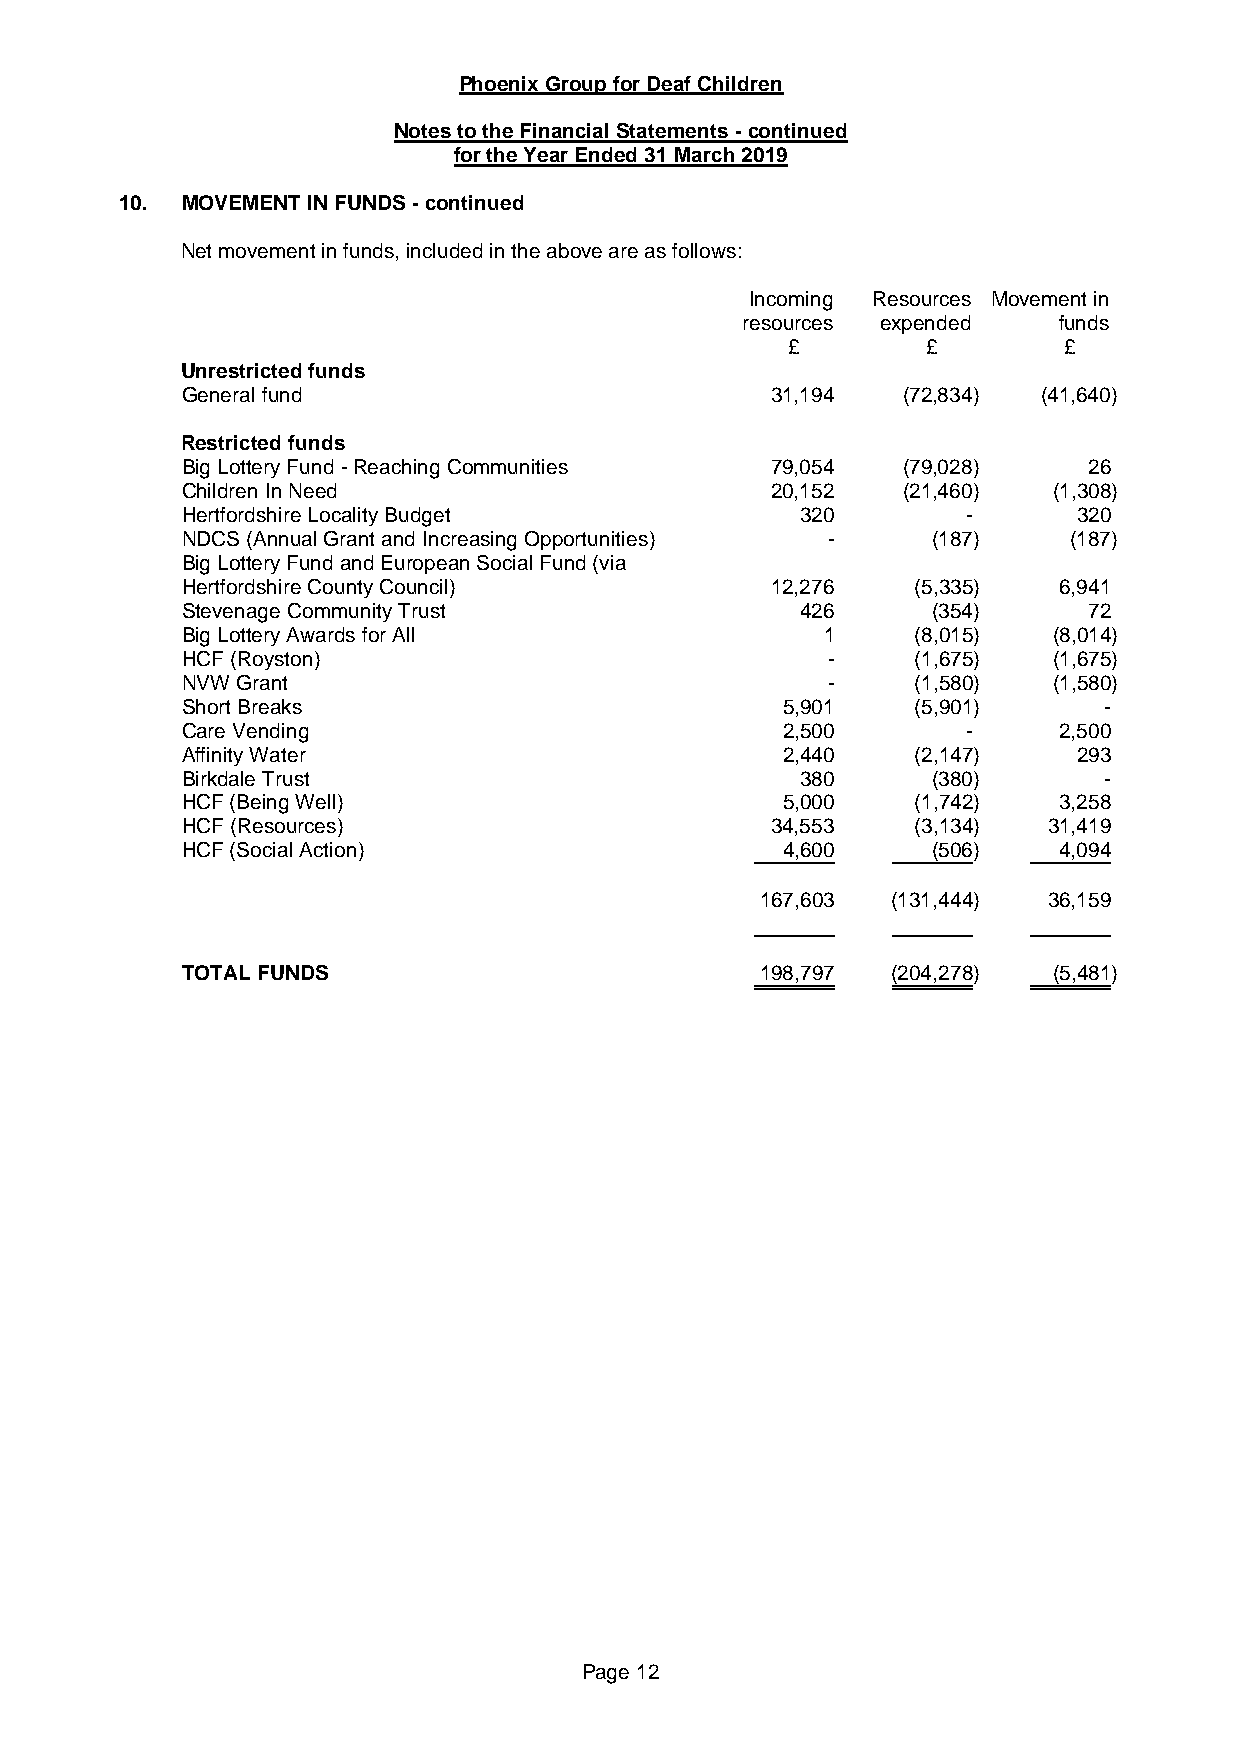
Phoenix Group for Deaf Children
 Notes to the Financial Statements - continued
 for the Year Ended 31 March 2019
 10. MOVEMENT IN FUNDS - continued
 Net movement in funds, included in the above are as follows:
 Incoming Resources Movement in
 resources expended   funds
 £        £        £
 Unrestricted funds
 General fund                           31,194   (72,834) (41,640)
 Restricted funds
 Big Lottery Fund - Reaching Communities 79,054  (79,028)    26
 Children In Need                       20,152   (21,460)  (1,308)
 Hertfordshire Locality Budget            320        -      320
 NDCS (Annual Grant and Increasing Opportunities) - (187)   (187)
 Big Lottery Fund and European Social Fund (via
 Hertfordshire County Council)          12,276   (5,335)   6,941
 Stevenage Community Trust                426      (354)     72
 Big Lottery Awards for All                1     (8,015)   (8,014)
 HCF (Royston)                              -    (1,675)   (1,675)
 NVW Grant                                  -    (1,580)   (1,580)
 Short Breaks                            5,901   (5,901)      -
 Care Vending                            2,500       -     2,500
 Affinity Water                          2,440   (2,147)    293
 Birkdale Trust                           380      (380)      -
 HCF (Being Well)                        5,000   (1,742)   3,258
 HCF (Resources)                        34,553   (3,134)  31,419
 HCF (Social Action)                     4,600     (506)   4,094
 167,603  (131,444) 36,159
 TOTAL FUNDS                           198,797  (204,278)  (5,481)
 Page 12